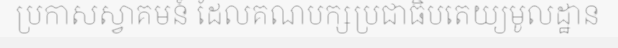
ប្រកាសស្វាគមន៍ ដែលគណបក្សប្រជាធិបតេយ្យមូលដ្ឋាន